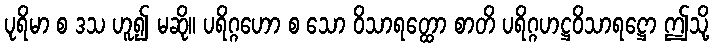
ပုရိမာ စ ဒသ ဟူ၍ မဆို။ ပရိဂ္ဂဟော စ သော ဝိသာရတ္ထော စာတိ ပရိဂ္ဂဟဋ္ဌဝိသာရဋ္ဌော ဤသို့